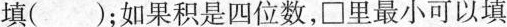
填（ );如果积是四位数,\Box 里最小可以填